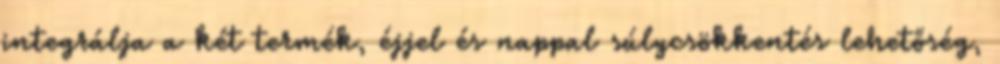
integrálja a két termék, éjjel és nappal súlycsökkentés lehetőség,